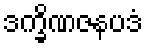
ဒက္ခိဏဇနပဒံ